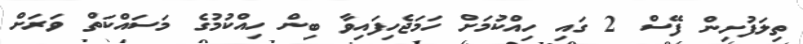
ތިލަފުށިން ފޭސް 2 ގައި ހިއްކުމަށް ހަމަޖެހިފައިވާ ބިން ހިއްކުމުގެ މަސައްކަތް ވަރަށް